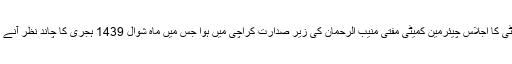
تفصیلات کے مطابق مرکزی رویت ہلال کمیٹی کا اجلاس چیئرمین کمیٹی مفتی منیب الرحمان کی زیر صدارت کراچی میں ہوا جس میں ماہ شوال 1439 ہجری کا چاند نظر آنے یا نہ آنے سے متعلق شہادتوں کا جائزہ لیا گیا۔